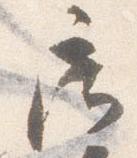
廊